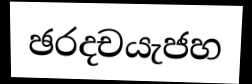
ඡරදචයැජහ